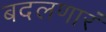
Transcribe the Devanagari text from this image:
बदलणारं